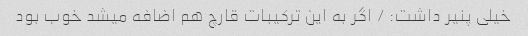
خیلی پنیر داشت: / اگر به این ترکیبات قارچ هم اضافه میشد خوب بود